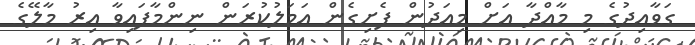
ގަވާއިދުގެ މި މާއްދާ އަށް މިއަދުން ފެށިގެން އަމަލުކުރަން ނިންމާފައިވާ އިރު މާލޭގެ